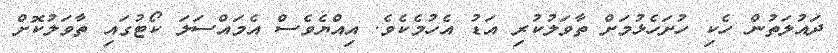
ދައުލަތުން ހެކި ހުށަހެޅުމަށް ތާވަލުކުރި އަޑު އެހުމެކެވެ. އިއްޔެވެސް އެމައްސަލަ ކޯޓުގައި ތާވަލުކޮށް